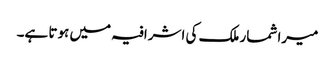
میرا شمار ملک کی اشرافیہ میں ہوتا ہے۔